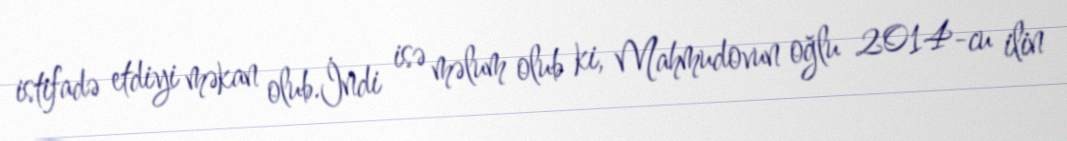
istifadə etdiyi məkan olub.İndi isə məlum olub ki, Mahmudovun oğlu 2014-cu ilin